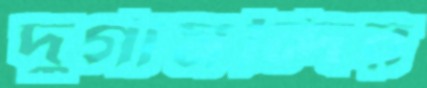
দুর্গামন্দির